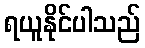
ရယူနိုင်ပါသည်